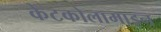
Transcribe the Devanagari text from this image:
केटकोलामाइन